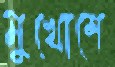
মুখোশে